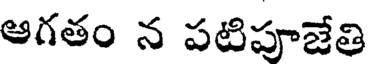
ఆగతం న పటిపూజేతి